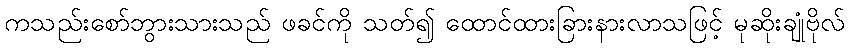
ကသည်းစော်ဘွားသားသည် ဖခင်ကို သတ်၍ ထောင်ထားခြားနားလာသဖြင့် မုဆိုးချုံဗိုလ်